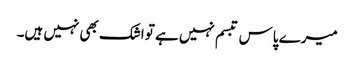
میرے پاس تبسم نہیں ہے تو اشک بھی نہیں ہیں۔